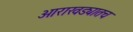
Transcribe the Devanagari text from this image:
आराखड्यातच